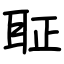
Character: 聇